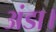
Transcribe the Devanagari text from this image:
अंडा।